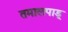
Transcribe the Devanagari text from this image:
तमालपाडू